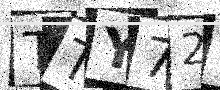
Text: TTY72Y